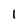
Character: I